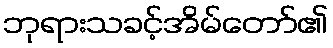
ဘုရားသခင့်အိမ်တော်၏